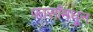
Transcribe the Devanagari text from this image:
फार्सांमधून